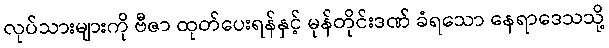
လုပ်သားများကို ဗီဇာ ထုတ်ပေးရန်နှင့် မုန်တိုင်းဒဏ် ခံရသော နေရာဒေသသို့